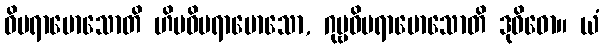
ဝိပရာမောသောတိ ဟိမဝိပရာမောသော, ဂုမ္ဗဝိပရာမောသောတိ ဒုဝိဓော။ ယံ